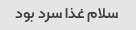
سلام غذا سرد بود